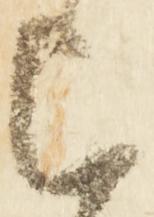
上